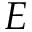
E